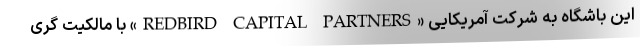
این باشگاه به شرکت آمریکایی «REDBIRD CAPITAL PARTNERS» با مالکیت گری